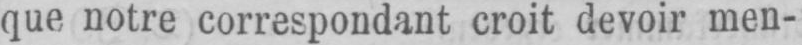
que notre correspondant croit devoir men-